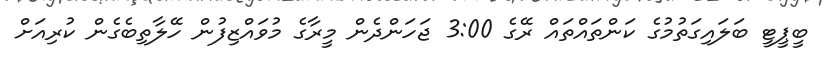
ބީޕީޓީ ބަލައިގަތުމުގެ ކަންތައްތައް ރޭގެ 3:00 ޖަހަންދެން މީރާގެ މުވައްޒިފުން ހޭލާތިބެގެން ކުރިއަށް